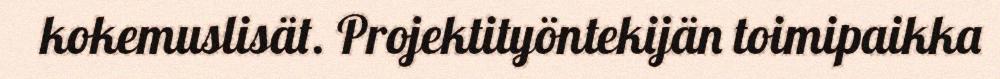
kokemuslisät. Projektityöntekijän toimipaikka